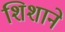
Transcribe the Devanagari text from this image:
शिशाने